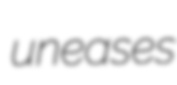
uneases